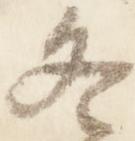
冬